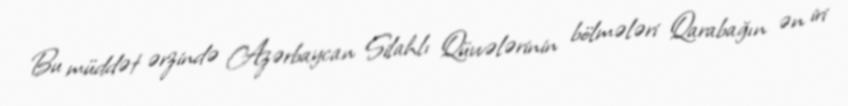
Bu müddət ərzində Azərbaycan Silahlı Qüvvələrinin bölmələri Qarabağın ən iri